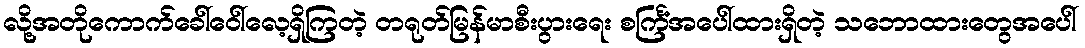
လို့အတိုကောက်ခေါ်ဝေါ်လေ့ရှိကြတဲ့ တရုတ်မြန်မာစီးပွားရေး စင်္ကြံအပေါ်ထားရှိတဲ့ သဘောထားတွေအပေါ်